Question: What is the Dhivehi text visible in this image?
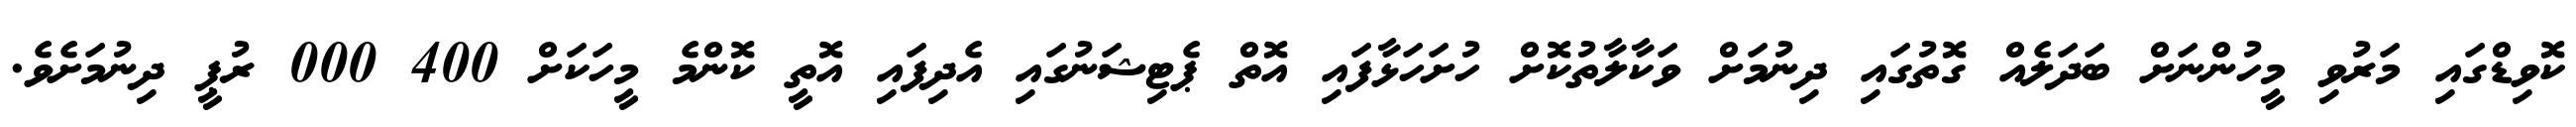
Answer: ކޮވިޑްގައި މަރުވި މީހުންނަށް ބަދަލެއް ގޮތުގައި ދިނުމަށް ވަކާލާތުކޮށް ހުށަހަޅާފައި އޮތް ޕެޓިޝަނުގައި އެދިފައި އޮތީ ކޮންމެ މީހަކަށް 400 000 ރުޕީ ދިނުމަށެވެ.